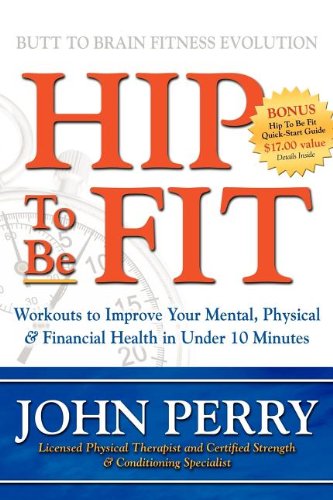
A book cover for Hip to Be Fit: Workouts to Improve Your Mental, Physical & Financial Health in Under 10 Minutes; John Perry; Health, Fitness & Dieting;